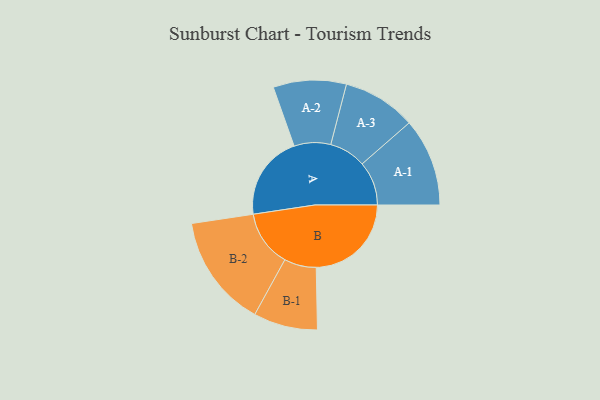
{"axis": {"x": "Segment", "y": "Value"}, "legend": ["", "A", "B"], "data": [{"x": "A", "y": 417, "type": ""}, {"x": "B", "y": 469, "type": ""}, {"x": "A-1", "y": 217, "type": "A"}, {"x": "A-2", "y": 180, "type": "A"}, {"x": "A-3", "y": 181, "type": "A"}, {"x": "B-1", "y": 158, "type": "B"}, {"x": "B-2", "y": 278, "type": "B"}]}